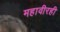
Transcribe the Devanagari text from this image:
महावीरही